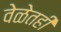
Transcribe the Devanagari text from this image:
वेळेतही